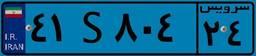
۴۱S۸۰۴۲۴